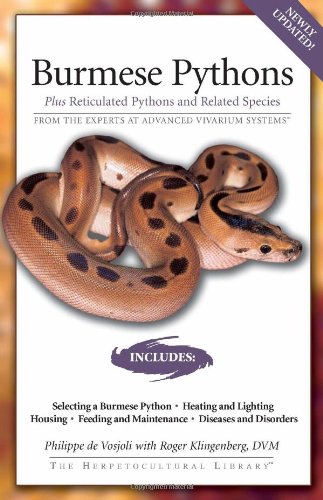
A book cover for Burmese Pythons: Plus Reticulated Pythons And Related Species (Herpetocultural Library); Philippe De Vosjoli; Crafts, Hobbies & Home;